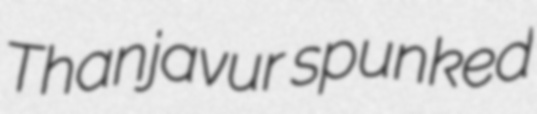
Thanjavur spunked